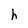
Character: h